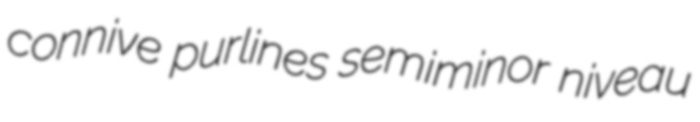
connive purlines semiminor niveau